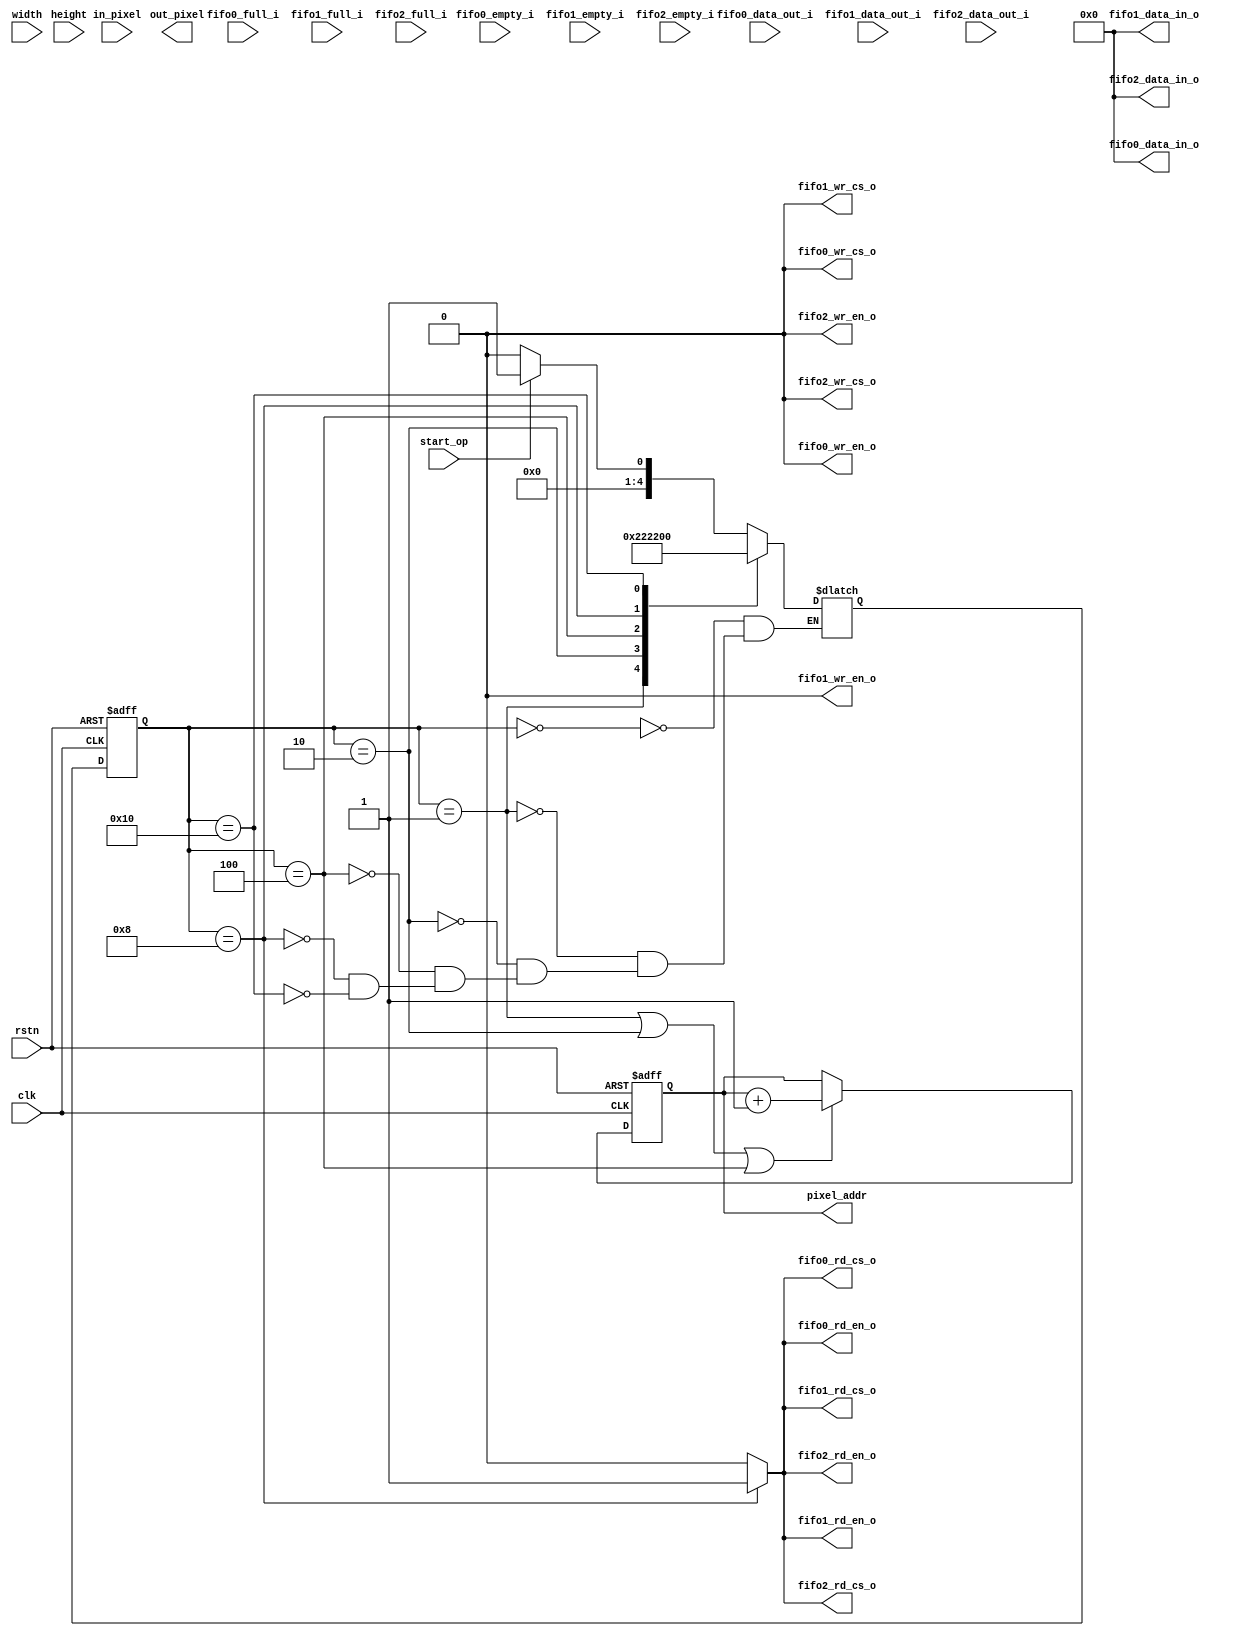
module dataflow(clk, 
                rstn,
	        width,
                height, 
            	fifo0_data_in_o, 
            	fifo0_data_out_i, 
            	fifo0_full_i,
            	fifo0_empty_i,
            	fifo0_rd_en_o,
            	fifo0_wr_en_o,
            	fifo0_rd_cs_o,
            	fifo0_wr_cs_o,
            	fifo1_data_in_o, 
            	fifo1_data_out_i, 
            	fifo1_full_i,
            	fifo1_empty_i,
            	fifo1_rd_en_o,
            	fifo1_wr_en_o,
            	fifo1_rd_cs_o,
            	fifo1_wr_cs_o,
            	fifo2_data_in_o, 
            	fifo2_data_out_i, 
            	fifo2_full_i,
            	fifo2_empty_i,
            	fifo2_rd_en_o,
            	fifo2_wr_en_o,
            	fifo2_rd_cs_o,
            	fifo2_wr_cs_o,
                pixel_addr,
                in_pixel, 
                out_pixel,
                start_op);

    input clk, rstn, start_op;
    input [7:0] width;
    input [7:0] height;
    output [31:0] fifo0_data_in_o; 
    input [31:0] fifo0_data_out_i;
    input 	fifo0_full_i;
    input 	fifo0_empty_i;
    output 	fifo0_rd_en_o;
    output 	fifo0_wr_en_o;
    output 	fifo0_rd_cs_o;
    output 	fifo0_wr_cs_o;
    output [31:0] fifo1_data_in_o; 
    input [31:0] fifo1_data_out_i; 
    input 	fifo1_full_i;
    input 	fifo1_empty_i;
    output 	fifo1_rd_en_o;
    output 	fifo1_wr_en_o;
    output 	fifo1_rd_cs_o;
    output 	fifo1_wr_cs_o;
    output [31:0] fifo2_data_in_o; 
    input [31:0] fifo2_data_out_i; 
    input 	fifo2_full_i;
    input 	fifo2_empty_i;
    output 	fifo2_rd_en_o;
    output 	fifo2_wr_en_o;
    output 	fifo2_rd_cs_o;
    output 	fifo2_wr_cs_o;
    input [31:0] in_pixel;
    output reg [31:0] out_pixel;
    output reg [31:0] pixel_addr;
    reg [31:0] pixel_count;
    
    reg [31:0] kernel[3];
    reg [4:0] present_state, next_state;
    reg [31:0] mac_out0, mac_out1, mac_out2; 
    reg [31:0] fifo0_rd_data;
    reg [31:0] fifo1_rd_data;
    reg [31:0] fifo2_rd_data;
    reg [31:0] pix0, pix1, pix2;
    reg [31:0] fifo_rd_data;
    reg [31:0] fifo_wr_data;
    reg [7:0] width_cnt;
    reg [7:0] height_cnt;

    parameter IDLE       = 6'b000000;
    parameter RD_PIXEL_0 = 6'b000001;
    parameter RD_PIXEL_1 = 6'b000010;
    parameter RD_PIXEL_2 = 6'b000100;
    parameter RD_FIFO    = 6'b001000; 
    parameter MAC        = 6'b010000;
    parameter WR_FIFO    = 6'b100000;
    
    // Input pixel addr logic
    always@(negedge rstn, posedge clk)
    begin
        if(rstn == 0)
            pixel_addr <= 0;
        else if(present_state == 5'b00001 | present_state == 5'b00010 | present_state == 5'b00100)
            pixel_addr <= pixel_addr + 1;
    end
   
    always@(negedge rstn, posedge clk)
    begin
        if(!rstn)    
            present_state <= IDLE;
        else
            present_state <= next_state;
   end                                  
                                        
    always@(*)                          
    begin                               
        case(present_state)             
            IDLE:                       
                begin                   
                    if(start_op)
                        next_state = RD_PIXEL_0;
                    else
                        next_state = IDLE;
                end
            RD_PIXEL_0:
                begin
                    next_state = RD_PIXEL_1;
                end
            RD_PIXEL_1:
                begin
                    next_state = RD_PIXEL_2;
                end
            RD_PIXEL_2:
                begin
                    next_state = RD_FIFO;
                end
	    RD_FIFO:
		begin
		    next_state = MAC;
		end
            MAC:
                begin
                    next_state = WR_FIFO;
                end
	    WR_FIFO:
		begin
                    next_state = RD_PIXEL_0;
		end
        endcase
    end
    
    // FIXME add shift in kernel
    always@(negedge rstn, posedge clk)
    begin
        if(!rstn)
            mac_out0 <= 0;
        else if(present_state == MAC)
            mac_out0 <= (pix0*kernel[0]+pix1*kernel[1]+pix2*kernel[2]) + fifo0_rd_data;
    end

    always@(negedge rstn, posedge clk)
    begin
        if(!rstn)
            pix0 <= 0;
        else if(present_state == RD_PIXEL_0)
            pix0 <= in_pixel;
    end
    
    always@(negedge rstn, posedge clk)
    begin
        if(!rstn)
            pix1 <= 0;
        else if(present_state == RD_PIXEL_1)
            pix1 <= in_pixel;
    end
    
    always@(negedge rstn, posedge clk)
    begin
        if(!rstn)
            pix2 <= 0;
        else if(present_state == RD_PIXEL_2)
            pix2 <= in_pixel;
    end

    always@(negedge rstn, posedge clk)
    begin
        if(!rstn) begin
            fifo0_rd_data <= 0;
            fifo1_rd_data <= 0;
            fifo2_rd_data <= 0;
	end
        else if(present_state == RD_FIFO) begin
            fifo0_rd_data <= fifo0_data_out_i;
            fifo1_rd_data <= fifo1_data_out_i;
            fifo2_rd_data <= fifo2_data_out_i;
	end
    end
    
    always@(negedge rstn, posedge clk)
    begin
	if(!rstn)
	    width_cnt <= 0;
        else if(present_state == RD_PIXEL_0 || present_state == RD_PIXEL_1 || present_state == RD_PIXEL_2)
	    width_cnt <= width + 1;
        else if(width_cnt ==  width)
	    width_cnt <= 0;
    end
    
    always@(negedge rstn, posedge clk)
    begin
	if(!rstn)
	    height_cnt <= 0;
        else if(width_cnt == width)
            height_cnt <= height_cnt + 1;
    end

    assign fifo0_data_in_o = (present_state == WR_FIFO)? mac_out0:32'd0;
    assign fifo0_wr_en_o =  (present_state == WR_FIFO)? 1:0;
    assign fifo0_wr_cs_o =  (present_state == WR_FIFO)? 1:0;
    assign fifo0_rd_en_o =  (present_state == RD_FIFO)? 1:0;
    assign fifo0_rd_cs_o =  (present_state == RD_FIFO)? 1:0;
    assign fifo1_data_in_o = (present_state == WR_FIFO)? mac_out1:32'd0;
    assign fifo1_wr_en_o =  (present_state == WR_FIFO)? 1:0;
    assign fifo1_wr_cs_o =  (present_state == WR_FIFO)? 1:0;
    assign fifo1_rd_en_o =  (present_state == RD_FIFO)? 1:0;
    assign fifo1_rd_cs_o =  (present_state == RD_FIFO)? 1:0;
    assign fifo2_data_in_o = (present_state == WR_FIFO)? mac_out2:32'd0;
    assign fifo2_wr_en_o =  (present_state == WR_FIFO)? 1:0;
    assign fifo2_wr_cs_o =  (present_state == WR_FIFO)? 1:0;
    assign fifo2_rd_en_o =  (present_state == RD_FIFO)? 1:0;
    assign fifo2_rd_cs_o =  (present_state == RD_FIFO)? 1:0;

    // need to maintain a count to decide the pixel out.
 endmodule